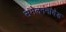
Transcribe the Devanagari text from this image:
संमेलननांदेड